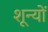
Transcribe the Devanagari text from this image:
शून्यों